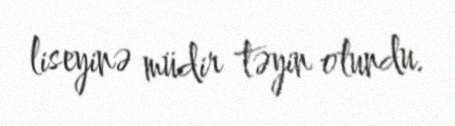
liseyinə müdir təyin olundu.